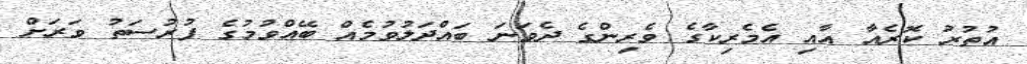
އުތުރު ކޮރެއާ އާއި އެމެރިކާގެ ވެރިންގެ ދެވަނަ ބައްދަލުވުމެއް ބޭއްވުމުގެ ފުރުސަތު ވަރަށް